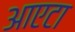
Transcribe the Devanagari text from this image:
आएटा